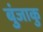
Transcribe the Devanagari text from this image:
बुंजाकु